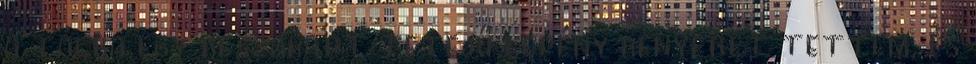
a tálba egy beszakadt tetejű lepény kenyeret tettem, és